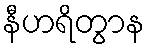
နီဟရိတွာန